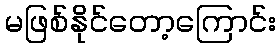
မဖြစ်နိုင်တော့ကြောင်း